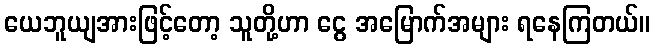
ယေဘူယျအားဖြင့်တော့ သူတို့ဟာ ငွေ အမြောက်အများ ရနေကြတယ်။